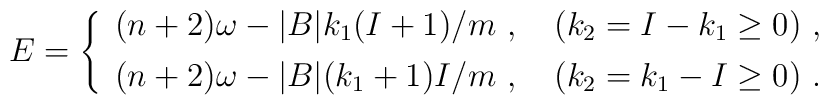
E = \left\{ \begin{array}{l} (n+2)\omega - |B| k_1 (I+1)/m\ ,\quad (k_2 = I - k_1 \geq 0)\ ,\\[4pt](n+2)\omega - |B| (k_1 + 1) I/m\ ,\quad (k_2 = k_1 - I \geq 0)\ .\end{array}\right.